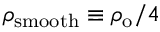
\rho _ { \mathrm { s m o o t h } } \equiv \rho _ { \mathrm { o } } / 4